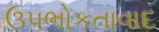
ઉપભોકતાવાદ